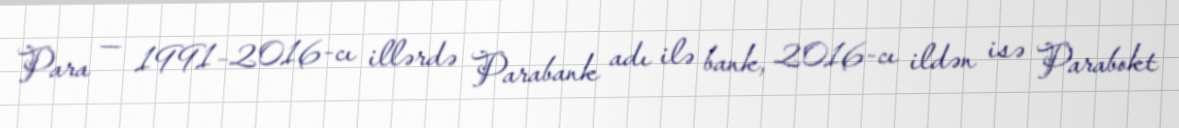
Para — 1991–2016-cı illərdə Parabank adı ilə bank, 2016-cı ildən isə Parabokt